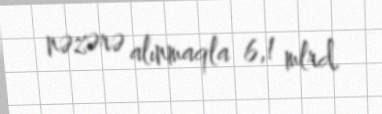
nəzərə alınmaqla 6,1 mlrd.